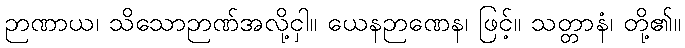
ဉာဏာယ၊ သိသောဉာဏ်အလို့ငှါ။ ယေနဉာဏေန၊ ဖြင့်။ သတ္တာနံ၊ တို့၏။